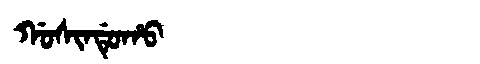
Manchu: ᡤᠣᠰᡳᠨᡩᡠᡥᠣ
Romanization: GOSINDUHO